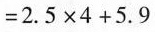
$$= 2 . 5 \times 4 + 5 . 9$$